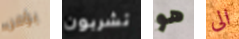
يؤمن تشربون هو الى